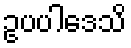
ဥပပါဒေသိ